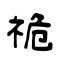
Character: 祪